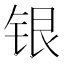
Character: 银